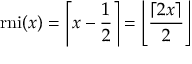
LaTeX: { \mathrm { r n i } } ( x ) = \left\lceil x - { \frac { 1 } { 2 } } \right\rceil = \left\lfloor { \frac { \lceil 2 x \rceil } { 2 } } \right\rfloor